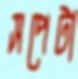
সপেটা